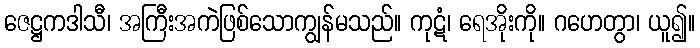
ဇေဋ္ဌကဒါသီ၊ အကြီးအကဲဖြစ်သောကျွန်မသည်။ ကုဋံ၊ ရေအိုးကို။ ဂဟေတွာ၊ ယူ၍။